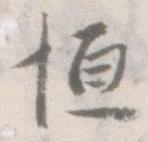
恒